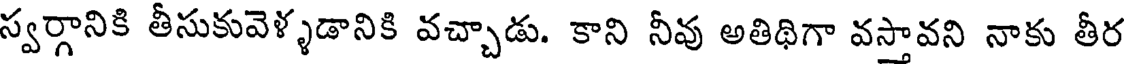
స్వర్గానికి తీసుకువెళ్ళడానికి వచ్చాడు. కాని నీవు అతిథిగా వస్తావని నాకు తీర